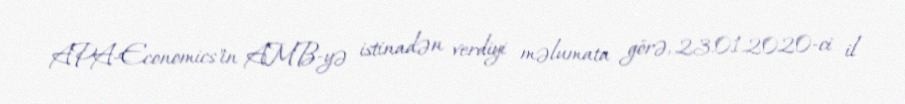
APA-Economics"in AMB-yə istinadən verdiyi məlumata görə, 23.01.2020-ci il